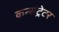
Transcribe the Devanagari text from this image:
कन्संट्रेटर